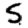
Digit: 5